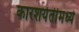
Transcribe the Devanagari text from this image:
कारशर्यतींमध्ये